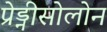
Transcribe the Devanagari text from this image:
प्रेड्नीसोलोन